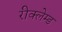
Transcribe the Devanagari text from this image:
रीक्लेम्ड